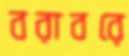
বরাবরে